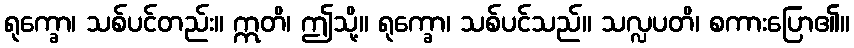
ရုက္ခော၊ သစ်ပင်တည်း။ ဣတိ၊ ဤသို့။ ရုက္ခော၊ သစ်ပင်သည်။ သလ္လပတိ၊ စကားပြော၏။